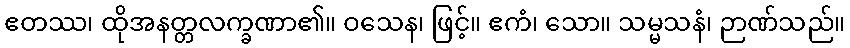
ဧတဿ၊ ထိုအနတ္တလက္ခဏာ၏။ ဝသေန၊ ဖြင့်။ ဧကံ၊ သော။ သမ္မသနံ၊ ဉာဏ်သည်။